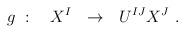
LaTeX: \begin{align*}g\ :\quad X^I\ \ \rightarrow \ \ U^{IJ}X^J\ .\end{align*}